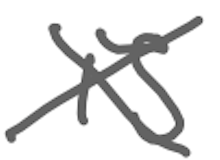
Text: is
Cross-out: cross
Writing tool: digital_gray